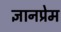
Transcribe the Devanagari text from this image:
ज्ञानप्रेम